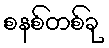
စနစ်တစ်ခု